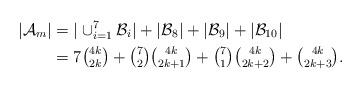
LaTeX: \begin{align*}|\mathcal{A}_m| &= |\cup_{i=1}^7 \mathcal{B}_i|+|\mathcal{B}_8|+|\mathcal{B}_9|+|\mathcal{B}_{10}| \\ &= 7\textstyle \binom{4k}{2k}+\binom{7}{2}\binom{4k}{2k+1} +\binom{7}{1}\binom{4k}{2k+2} +\binom{4k}{2k+3}.\end{align*}